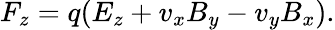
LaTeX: F_{z}=q(E_{z}+v_{x}B_{y}-v_{y}B_{x}).